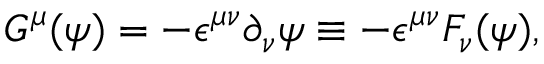
G ^ { \mu } ( \psi ) = - { \epsilon } ^ { { \mu } { \nu } } { \partial } _ { \nu } { \psi } \equiv - { \epsilon } ^ { { \mu } { \nu } } F _ { \nu } ( { \psi } ) ,